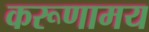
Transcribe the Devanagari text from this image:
करूणामय